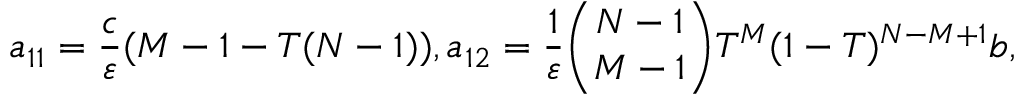
a _ { 1 1 } = \frac { c } { \varepsilon } ( M - 1 - T ( N - 1 ) ) , a _ { 1 2 } = \frac { 1 } { \varepsilon } \binom { N - 1 } { M - 1 } T ^ { M } ( 1 - T ) ^ { N - M + 1 } b ,